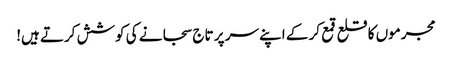
مجرموں کا قلع قمع کر کے اپنے سر پر تاج سجانے کی کوشش کرتے ہیں!